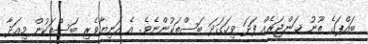
ބައްޕަގެ ތޫނު ޚަންޖަރެއް ފަދަ ވިހަގަދަ ބަސްތަކުންނެވެ. އެ އަނިޔާވެރި ބަސްތަކުން މިއަދާ